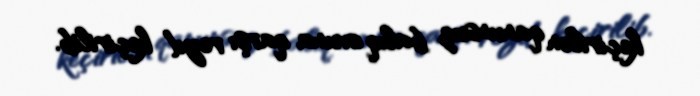
keçirilən qanunsuz balıq ovuna qarşı reyd keçirilib.